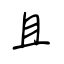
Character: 且